Civil Veterinary Department Bihar & Orissa reports 1929-36 - 1929-1936
Year: 1929
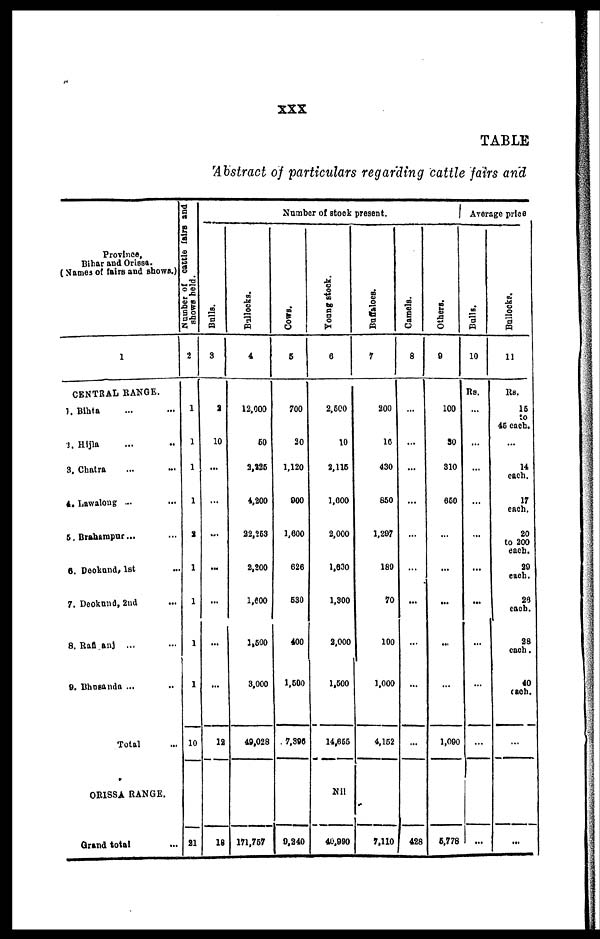
XXX
TABLE
Abstract of particulars regarding cattle fairs and
Province,
Bihar and Orissa.
(Names of fairs and shows.)
1
CENTRAL RANGE.
1. Bihta ... ...
2. Hijla ... ...
3. Chatra ... ...
4. Lawaloug ... ...
5. Brahampur ... ...
6. Deokund, 1st ...
7. Deoknnd, 2nd ...
8. Rafi anj ... ...
9. Bhusanda ... ...
Total ...
ORRISSA RANGE.
Grand total ...
Number
of cattle fairs and
shows held.
2
1
1
1
1
1
1
1
1
1
10
21
Number of stock present.
Bulls.
3
3
10
...
...
...
...
...
...
...
12
18
Bullocks.
4
12,000
60
2,225
4,200
22,253
2,200
1,600
1,500
3,000
49,028
171,757
Cows .
5
700
20
1.120
000
1,600
626
630
400
1,600
7,396
9,240
Young stock.
6
2,600
10
2,116
1,600
2,000
1,630
1,300
3,000
1,600
14,666
Mil
40,990
Buffaloes.
7
200
10
430
860
1,297
180
70
100
1.000
4,152
7,110
Camels.
8
...
...
...
...
...
...
...
...
...
428
Others.
9
100
30
310
650
...
...
...
...
...
1,090
5,778
Average price
Bulls.
10
Rs.
...
...
...
...
...
...
...
...
...
...
...
Bullocks.
11
Rs.
16
46 each.
14
each.
17
each.
20
to 200
each.
29
each.
26
each.
28
each.
40
each.
...
...